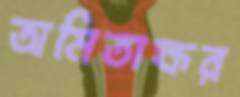
অমিতাক্ষর